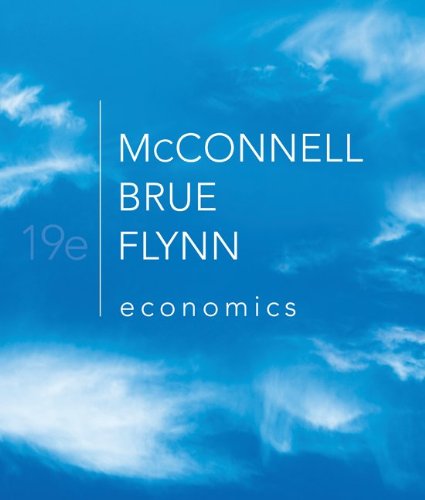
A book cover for Economics: Principles, Problems, and Policies, 19th Edition; Campbell R. McConnell; Business & Money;